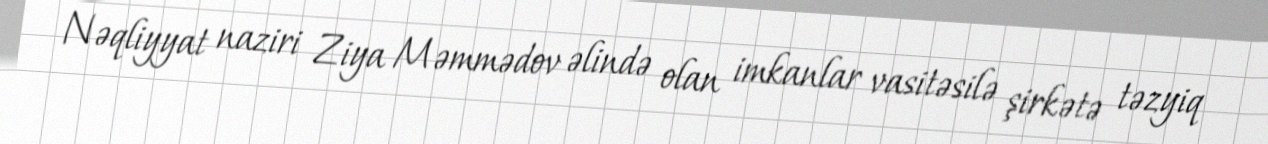
Nəqliyyat naziri Ziya Məmmədov əlində olan imkanlar vasitəsilə şirkətə təzyiq